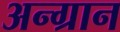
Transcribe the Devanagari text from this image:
अन्ग्रान